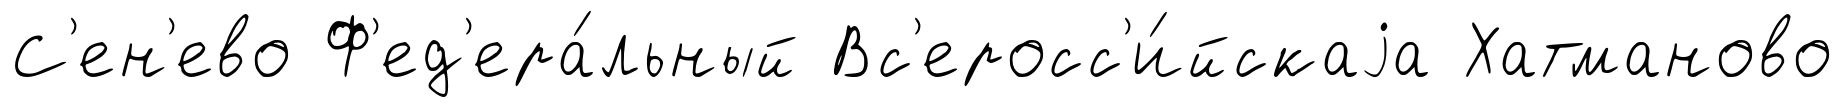
С'ен'ево Ф'ед'ера́льный Вс'еросс'и́йскаjа Хатманово